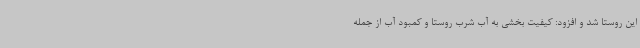
این روستا شد و افزود: کیفیت بخشی به آب شرب روستا و کمبود آب از جمله